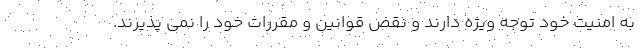
به امنیت خود توجه ویژه دارند و نقض قوانین و مقررات خود را نمی پذیرند.